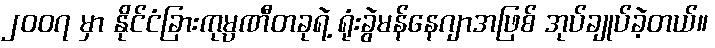
၂၀၀၇ မှာ နိုင်ငံခြားကုမ္ပဏီတခုရဲ့ ရုံးခွဲမန်နေဂျာအဖြစ် အုပ်ချုပ်ခဲ့တယ်။